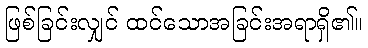
ဖြစ်ခြင်းလျှင် ထင်သောအခြင်းအရာရှိ၏။